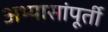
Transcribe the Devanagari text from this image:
अभ्यासांपूर्ती